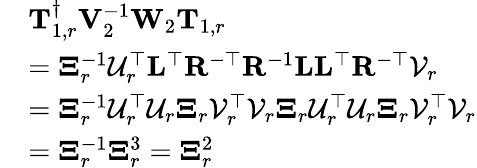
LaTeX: \begin{array}{rl}&{\mathbf{T}_{1,r}^{\dagger}\mathbf{V}_{2}^{-1}\mathbf{W}_{2}\mathbf{T}_{1,r}}\\ &{=\mathbf{\Xi}_{r}^{-1}\mathcal{U}_{r}^{\top}\mathbf{L}^{\top}\mathbf{R}^{-\top}\mathbf{R}^{-1}\mathbf{L}\mathbf{L}^{\top}\mathbf{R}^{-\top}\mathcal{V}_{r}}\\ &{=\mathbf{\Xi}_{r}^{-1}\mathcal{U}_{r}^{\top}\mathcal{U}_{r}\mathbf{\Xi}_{r}\mathcal{V}_{r}^{\top}\mathcal{V}_{r}\mathbf{\Xi}_{r}\mathcal{U}_{r}^{\top}\mathcal{U}_{r}\mathbf{\Xi}_{r}\mathcal{V}_{r}^{\top}\mathcal{V}_{r}}\\ &{=\mathbf{\Xi}_{r}^{-1}\mathbf{\Xi}_{r}^{3}=\mathbf{\Xi}_{r}^{2}}\end{array}